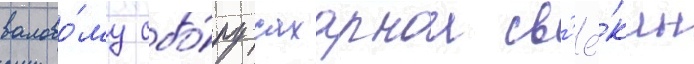
валово́му сбо́ру сахарнои св'ё́клы